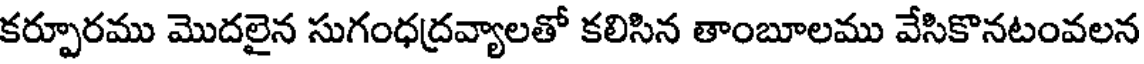
కర్పూరము మొదలైన సుగంధద్రవ్యాలతో కలిసిన తాంబూలము వేసికొనటంవలన